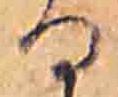
る